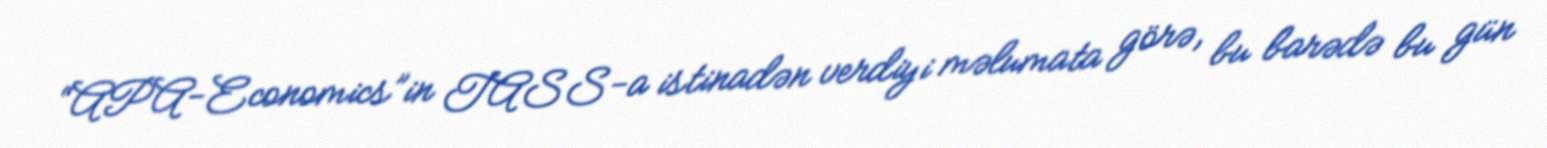
“APA-Economics”in TASS-a istinadən verdiyi məlumata görə, bu barədə bu gün